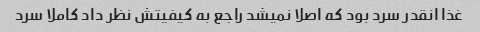
غذا انقدر سرد بود که اصلا نمیشد راجع به کیفیتش نظر داد کاملا سرد